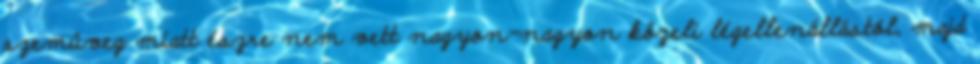
szemüveg miatt észre nem vett nagyon-nagyon közeli légellenállástól, majd